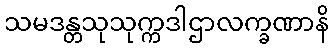
သမဒန္တသုသုက္ကဒါဌာလက္ခဏာနိ